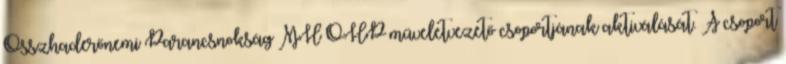
Összhaderőnemi Parancsnokság MH ÖHP műveletvezető csoportjának aktiválását. A csoport